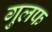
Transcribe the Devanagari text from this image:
गुलफ